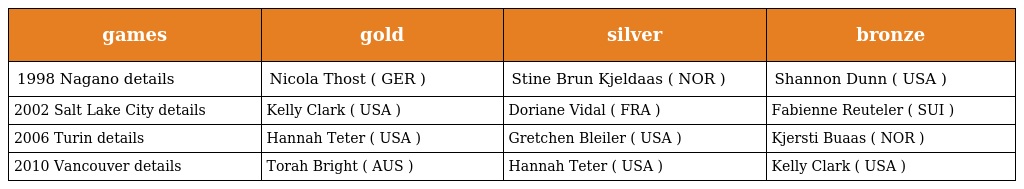
| games | gold | silver | bronze |
 | --- | --- | --- | --- |
 | 1998 Nagano details | Nicola Thost ( GER ) | Stine Brun Kjeldaas ( NOR ) | Shannon Dunn ( USA ) |
 | 2002 Salt Lake City details | Kelly Clark ( USA ) | Doriane Vidal ( FRA ) | Fabienne Reuteler ( SUI ) |
 | 2006 Turin details | Hannah Teter ( USA ) | Gretchen Bleiler ( USA ) | Kjersti Buaas ( NOR ) |
 | 2010 Vancouver details | Torah Bright ( AUS ) | Hannah Teter ( USA ) | Kelly Clark ( USA ) |